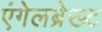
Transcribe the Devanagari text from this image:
एंगेलब्रेख्ट